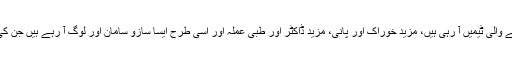
ملبے تلے افراد کی مزید تلاش کے لیے جان بچانے والی ٹیمیں آ رہی ہیں، مزید خوراک اور پانی، مزید ڈاکٹر اور طبی عملہ اور إِسی طرح ایسا سازو سامان اور لوگ آ رہے ہیں جن کی موجودگی زندگی بچانے میں معاون ثابت ہو گی۔